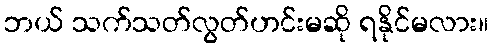
ဘယ် သက်သတ်လွတ်ဟင်းမဆို ရနိုင်မလား။